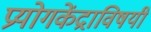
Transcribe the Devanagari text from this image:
प्रयोगकेंद्राविषयी